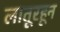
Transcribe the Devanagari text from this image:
लातूरहून